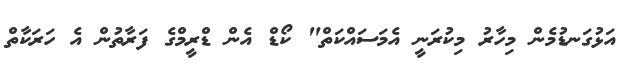
އަޅުގަނޑުމެން މިހާރު މިކުރަނީ އެމަސައްކަތް" ކޯޑް އެން ޑްރީމްގެ ފަރާތުން އެ ހަރަކާތް